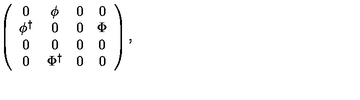
\left( \begin{array} { c c c c } { 0 } & { \phi } & { 0 } & { 0 } \\ { \phi ^ { \dagger } } & { 0 } & { 0 } & { \Phi } \\ { 0 } & { 0 } & { 0 } & { 0 } \\ { 0 } & { \Phi ^ { \dagger } } & { 0 } & { 0 } \\ \end{array} \right) ,